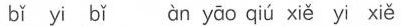
三、 bǐ yi bǐ àn yāo qiú xiě yi xiě